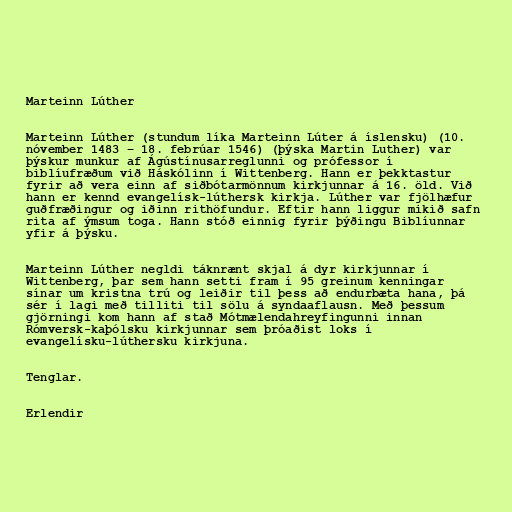
Marteinn Lúther

Marteinn Lúther (stundum líka Marteinn Lúter á íslensku) (10.
nóvember 1483 – 18. febrúar 1546) (þýska Martin Luther) var
þýskur munkur af Ágústínusarreglunni og prófessor í
biblíufræðum við Háskólinn í Wittenberg. Hann er þekktastur
fyrir að vera einn af siðbótarmönnum kirkjunnar á 16. öld. Við
hann er kennd evangelísk-lúthersk kirkja. Lúther var fjölhæfur
guðfræðingur og iðinn rithöfundur. Eftir hann liggur mikið safn
rita af ýmsum toga. Hann stóð einnig fyrir þýðingu Biblíunnar
yfir á þýsku.

Marteinn Lúther negldi táknrænt skjal á dyr kirkjunnar í
Wittenberg, þar sem hann setti fram í 95 greinum kenningar
sínar um kristna trú og leiðir til þess að endurbæta hana, þá
sér í lagi með tilliti til sölu á syndaaflausn. Með þessum
gjörningi kom hann af stað Mótmælendahreyfingunni innan
Rómversk-kaþólsku kirkjunnar sem þróaðist loks í
evangelísku-lúthersku kirkjuna.

Tenglar.

Erlendir